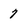
Character: 7